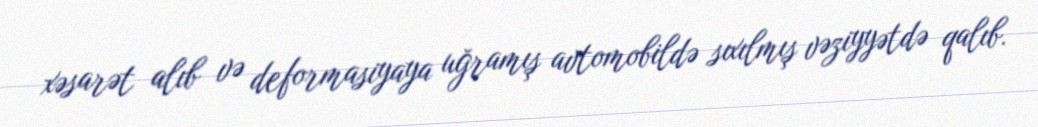
xəsarət alıb və deformasiyaya uğramış avtomobildə sıxılmış vəziyyətdə qalıb.